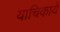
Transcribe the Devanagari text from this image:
याचिकायें